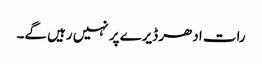
رات ادھر ڈیرے پر نہیں رہیں گے۔